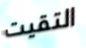
التقيت